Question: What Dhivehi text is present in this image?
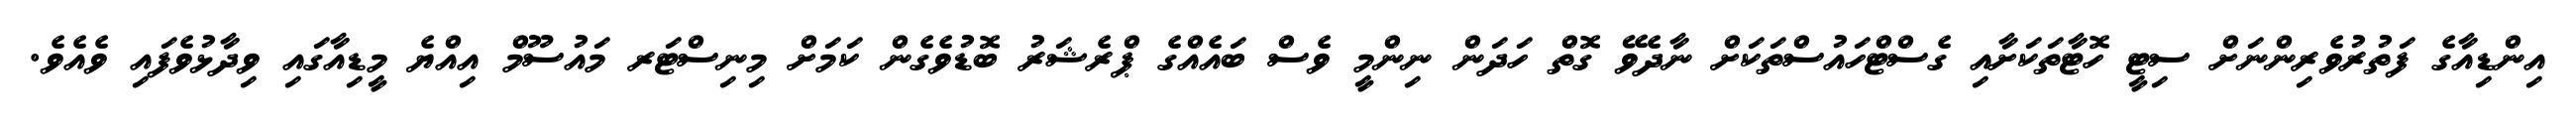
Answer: އިންޑިއާގެ ފަތުރުވެރިންނަށް ސިޓީ ހޮޓާތަކަށާއި ގެސްޓްހައުސްތަކަށް ނާދެވޭ ގޮތް ހަދަން ނިންމީ ވެސް ބައެއްގެ ޕްރެޝަރު ބޮޑުވެގެން ކަމަށް މިނިސްޓަރ މައުސޫމް އިއްޔެ މީޑިއާގައި ވިދާޅުވެފައި ވެއެވެ.